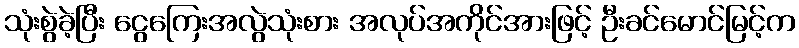
သုံးစွဲခဲ့ပြီး ငွေကြေးအလွဲသုံးစား အလုပ်အကိုင်အားဖြင့် ဦးခင်မောင်မြင့်က